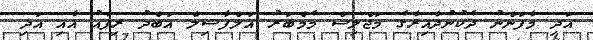
އަދި މާފަންނު ދެކުނުދާއިރާގެ މަޖްލިސް މެމްބަރު އަލްފާޟިލް އަބްދު ރިފާއު އާއި އަދި